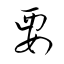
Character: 要